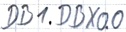
Text: DB1.DBX0.0